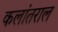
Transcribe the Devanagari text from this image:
कलांतराल